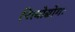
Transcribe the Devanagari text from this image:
नित्योद्योगः